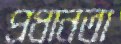
প্রধানতা